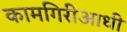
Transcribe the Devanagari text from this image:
कामगिरीआधी